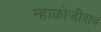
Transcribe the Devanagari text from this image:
म्हाळोजीराव